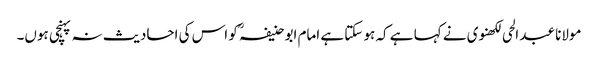
مولانا عبد الحی لکھنوی نے کہا ہے کہ ہو سکتا ہے امام ابو حنیفہؒ کو اس کی احادیث نہ پہنچی ہوں۔